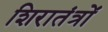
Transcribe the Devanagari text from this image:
शिरातंत्रों